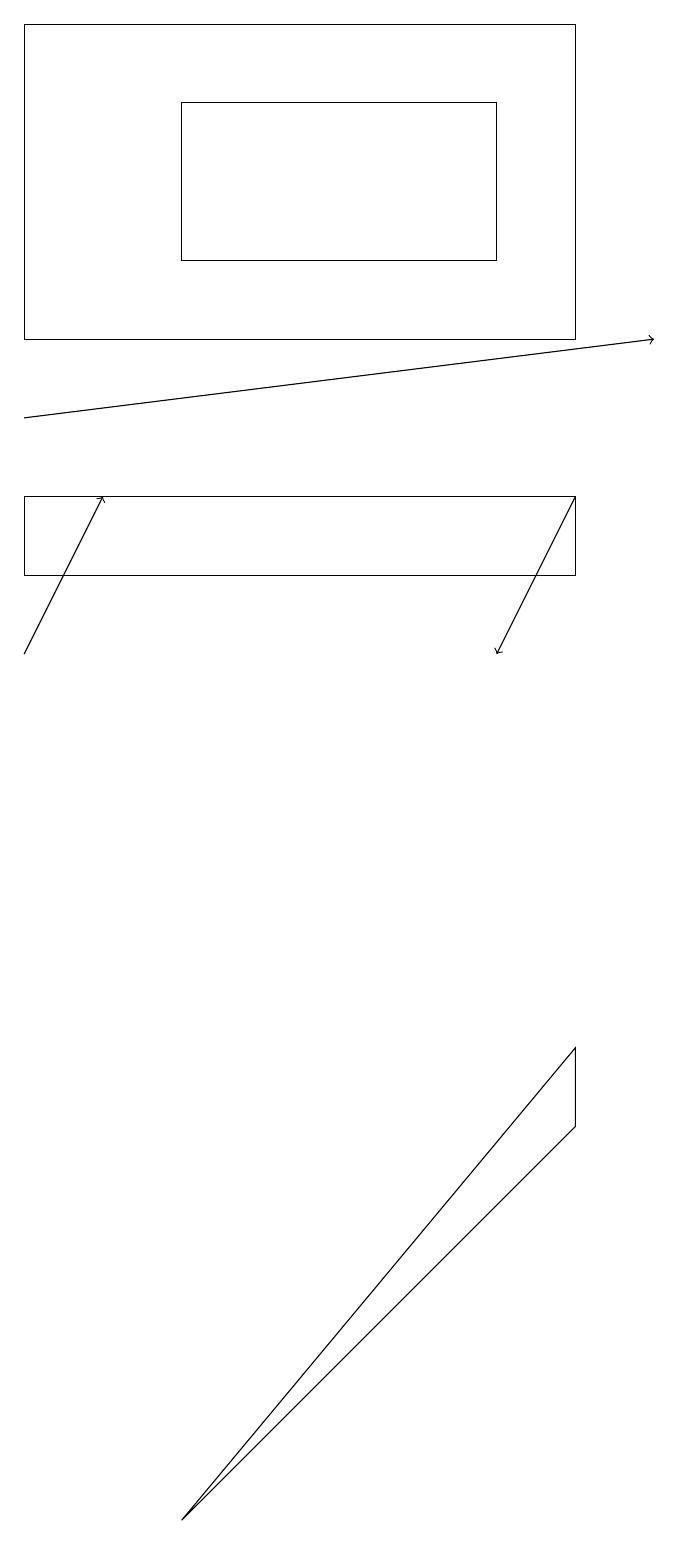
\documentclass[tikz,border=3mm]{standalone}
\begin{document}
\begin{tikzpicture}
\draw[->] (0,11) -- (1,13);
\draw (0,15) rectangle (7,19);
\draw (6,16) rectangle (2,18);
\draw[->] (0,14) -- (8,15);
\draw[->] (7,13) -- (6,11);
\draw (7,13) rectangle (0,12);
\draw (7,6) -- (2,0) -- (7,5) -- cycle;
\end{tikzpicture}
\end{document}